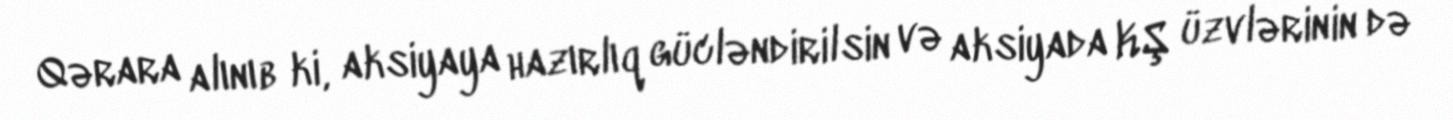
Qərara alınıb ki, aksiyaya hazırlıq gücləndirilsin və aksiyada KŞ üzvlərinin də